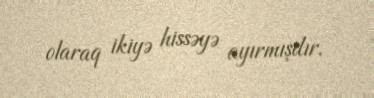
olaraq ikiyə hissəyə ayırmışdır.